Eesti_Vabariigi_Tartu_Ulikool, lk 12
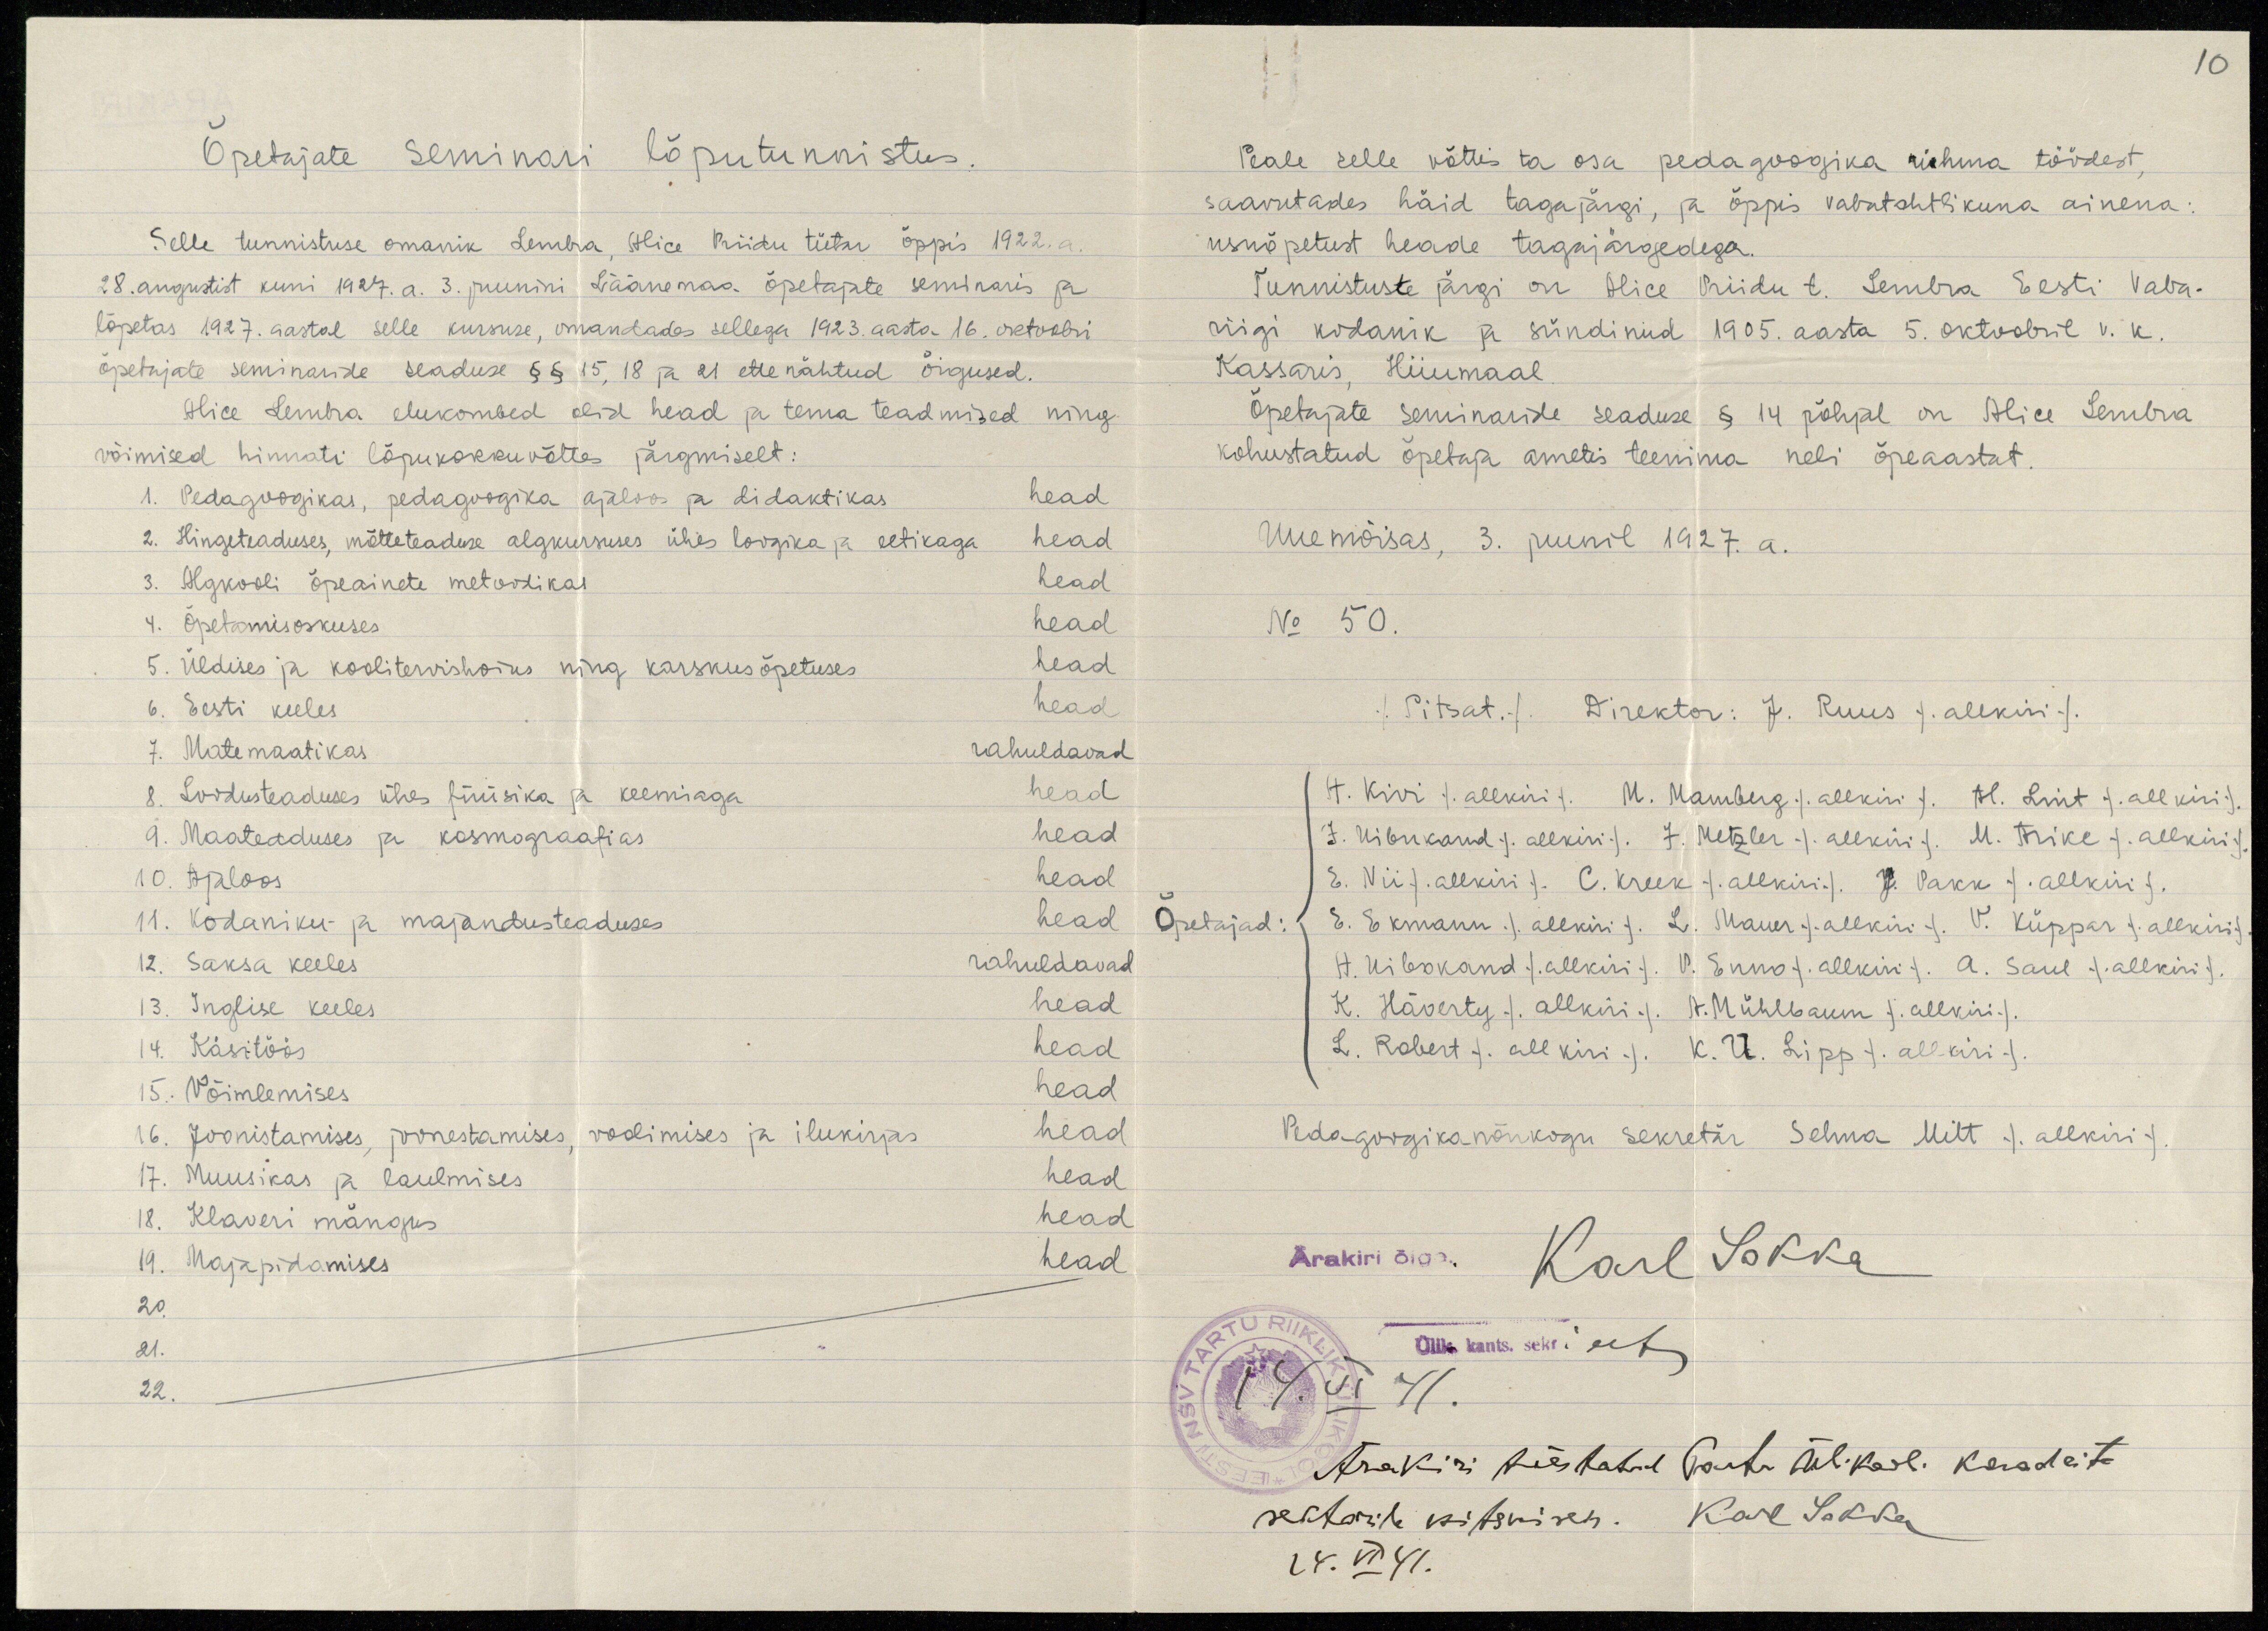
10

Õpetajate seminari lõputunnistus.
Selle tunnistuse omanik Lembra, Alice Priidu tütar õppis 1922. a
28. augustist kuni 1927.a. 3. juunini Läänemaa õpetajate seminaris ja
lõpetas 1927. aastal selle kursuse, omandades sellega 1923. aasta 16. oktoobri
õpetajate seminaride seaduse §§ 15, 18 ja 21 ettenähtud õigused.
Alice Lembra elukombed olid head ja tema teadmised ning
võimised hinnati lõpukokkuvõttes järgmiselt:
1. Pedagoogikas, pedagoogika ajaloo ja didaktikas head
2. Hingeteaduses, mõtteteaduse algkursuses ühes loogika ja eetikaga head
3. Algkooli õpeainete metoodikas head
4. Õpetamisoskuses head
5. Üldises ja koolitervishoius ning karskusõpetuses head
6. Eesti keeles head
7. Matemaatikas rahuldavad
8. Loodusteaduses ühes füüsika ja keemiaga head
9. Maateaduses ja kosmograafias head
10. Ajaloos head
11. Kodaniku- ja majandusteaduses head
12. Saksa keeles rahuldavad
13. Inglise keeles head
14. Käsitöös head
15. Võimlemises head
16. Joonistamises, joonestamises, voolimises ja ilukirjas head
17. Muusikas ja laulmises head
18. Klaveri mängus head
19. Majapidamises head
20.
21.
22.

Peale selle võttis ta osa pedagoogika rühma töödest,
saavutades häid tagajärgi, ja õppis vabatahtlikuna ainena:
usuõpetust heade tagajärgedega.
Tunnistuste järgi on Alice Priidu t. Lembra Eesti Vaba-
riigi kodanik ja sündinud 1905. aasta 5. oktoobril v. k.
Kassaris, Hiiumaal.
Õpetajate seminaride seaduse § 14 põhjal on Alice Lembra
kohustatud õpetaja ametis teenima neli õpeaastat.
Uuemõisas, 3. juunil 1927. a.
No 50.
/Pitsat./ Direktor: J. Ruus /. Allkiri/.
"H. Kivi /.allkiri/. M. Mamberg/allkir/. H. Lint /.allkiri/.
J. Uibukand /.allkiri/. J. Metzler /. allkiri/. M. Trike /.allkiri/.
E. Nii /.allkiri/. C. Kreek /. allkiri/. J. Pakk /.allkiri/.
Õpetajad:
E. Ekmann. /. allkiri /. L. Mauer /.allkiri/. V. Küppar /.allkiri/.
H. Uibokand /.allkiri/. P. Enno /.allkiri/. A. Saul /.allkiri/.
K. Häverty /.allkiri/. A. Mühlbaum /.allkiri/.
L. Robert /.allkiri/. K. U. Lipp /.allkiri/.
Pedagoogikanõukogu sekretär Selma Mitt /.allkiri/.
Ärakiri õige. Karl Sokka
Ülik. kants. sekr ees
14. VI 41.
Ärakiri tõestatud Tartu ülikool. karadeite
sektorile esitamiseks. Karl Sadda
24. VI 41.